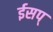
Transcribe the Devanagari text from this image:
ईसप्